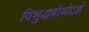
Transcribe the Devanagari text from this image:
विशुद्धबोधोऽहं